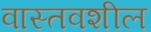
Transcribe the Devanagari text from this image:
वास्तवशील